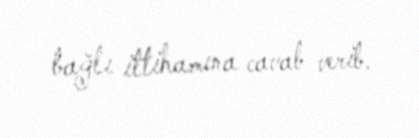
bağlı ittihamına cavab verib.